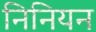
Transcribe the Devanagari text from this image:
निनियन